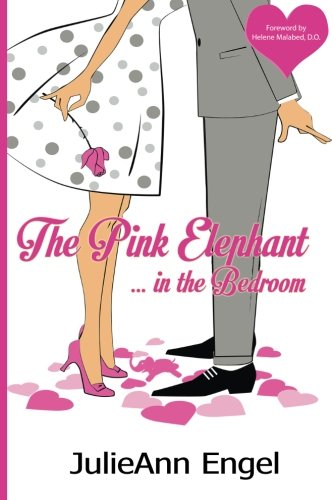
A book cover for The Pink Elephant in the Bedroom; JulieAnn Engel; Health, Fitness & Dieting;